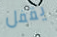
يقفل